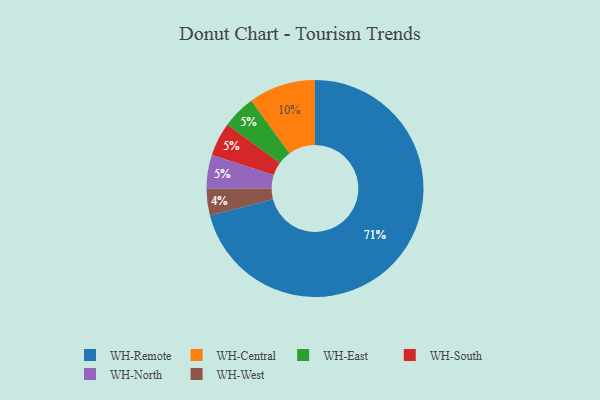
{"axis": {"x": "Category", "y": "Percentage"}, "legend": ["WH-Central", "WH-East", "WH-North", "WH-Remote", "WH-South", "WH-West"], "data": [{"x": "WH-Central", "y": 10, "type": "WH-Central"}, {"x": "WH-West", "y": 4, "type": "WH-West"}, {"x": "WH-East", "y": 5, "type": "WH-East"}, {"x": "WH-Remote", "y": 71, "type": "WH-Remote"}, {"x": "WH-South", "y": 5, "type": "WH-South"}, {"x": "WH-North", "y": 5, "type": "WH-North"}]}